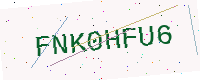
Text: FNK0HFU6